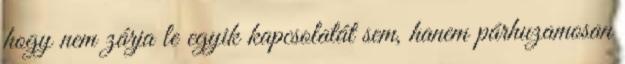
hogy nem zárja le egyik kapcsolatát sem, hanem párhuzamosan